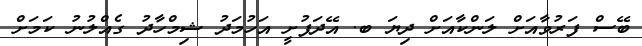
ބޭސް ފަރުވާއަށް ލަންކާއަށް ދިޔަ ބ. އޭދަފުށީ އަހުމަދު ޝިމްހާދު ގެއްލުނު ކަމަށް